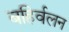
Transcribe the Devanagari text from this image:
बहिर्वलन